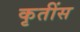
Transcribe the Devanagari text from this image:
कृतींस